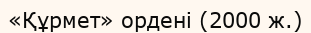
«Құрмет» ордені (2000 ж.)